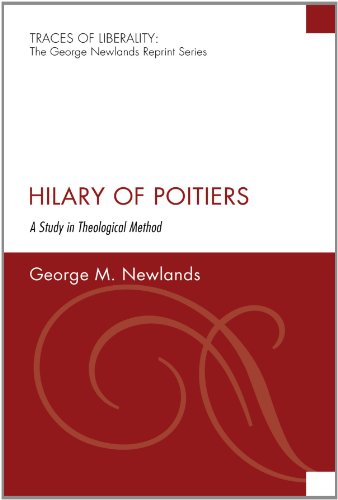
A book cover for Hilary of Poitiers: A Study in Theological Method (Traces of Liberality: The George Newlands Reprint); George M. Newlands; Christian Books & Bibles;